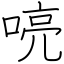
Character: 喨